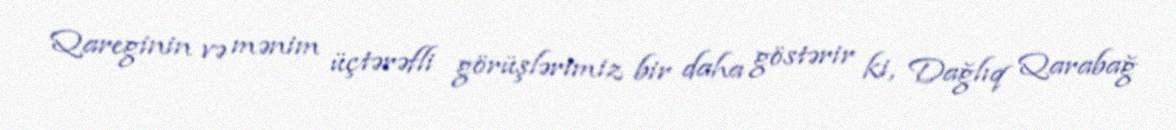
Qareginin və mənim üçtərəfli görüşlərimiz bir daha göstərir ki, Dağlıq Qarabağ